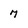
Character: 7